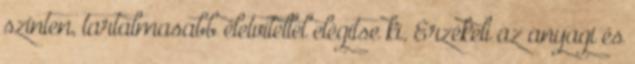
szinten, tartalmasabb életvitellel elégítse ki. Érzékeli az anyagi és